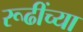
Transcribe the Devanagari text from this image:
रूढींच्या